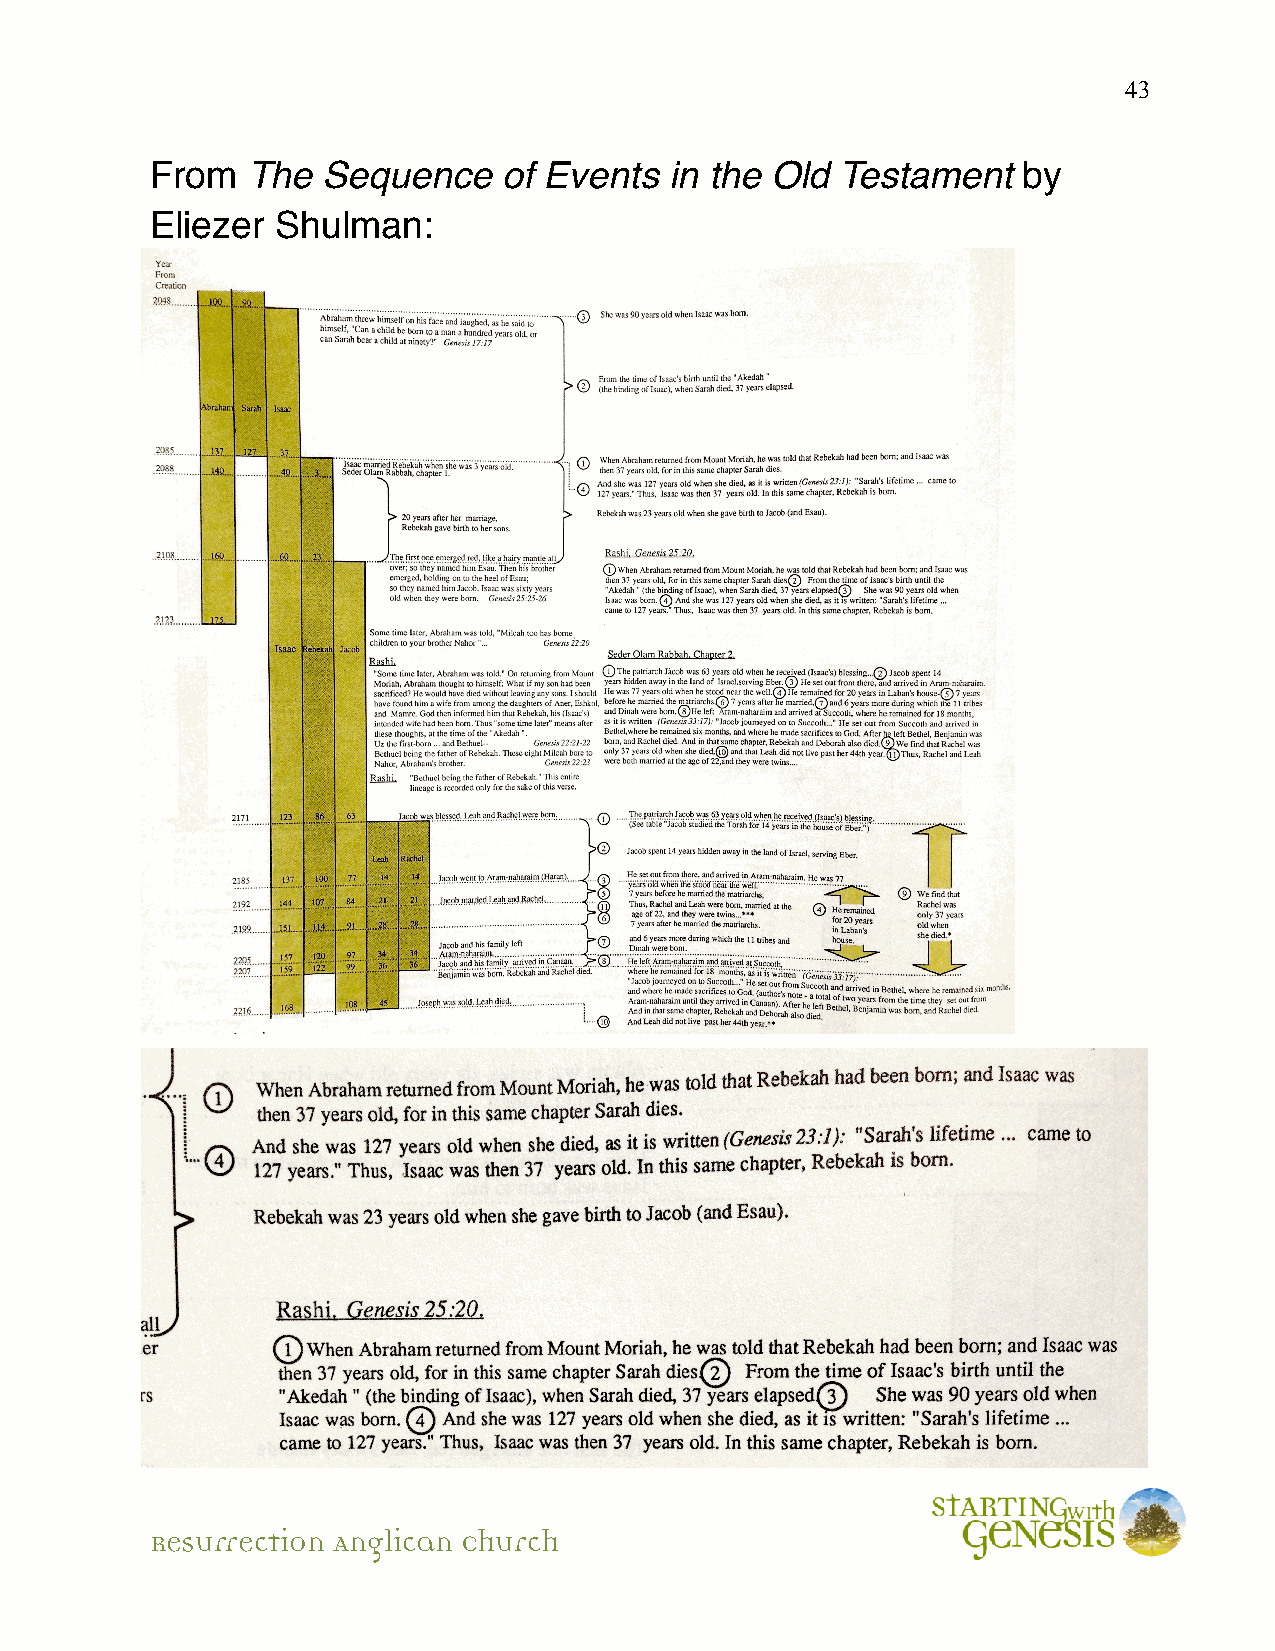
43
 From  The  Sequence    of Events  in the Old  Testament   by
 Eliezer Shulman:
 Resurrection Anglican Church